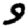
Digit: 9